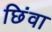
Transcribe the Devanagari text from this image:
छिंवा